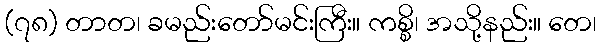
(၇၈) တာတ၊ ခမည်းတော်မင်းကြီး။ ကစ္စိ၊ အသို့နည်း။ တေ၊